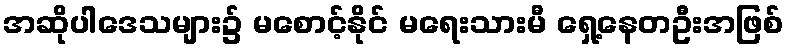
အဆိုပါဒေသများ၌ မစောင့်နိုင် မရေးသားမီ ရှေ့နေတဦးအဖြစ်